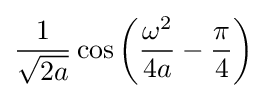
{\frac {1}{\sqrt {2a}}}\cos \left({\frac {\omega ^{2}}{4a}}-{\frac {\pi }{4}}\right)